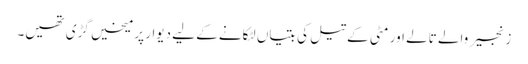
زنجیر والے تالے اور مٹی کے تیل کی بتیاں لٹکانے کے لیے دیوار پر میخیں گڑی تھیں۔